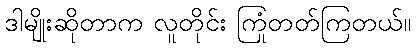
ဒါမျိုးဆိုတာက လူတိုင်း ကြုံတတ်ကြတယ်။